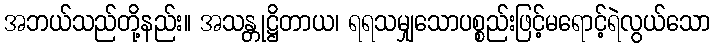
အဘယ်သည်တို့နည်း။ အသန္တုဋ္ဌိတာယ၊ ရရသမျှသောပစ္စည်းဖြင့်မရောင့်ရဲလွယ်သော